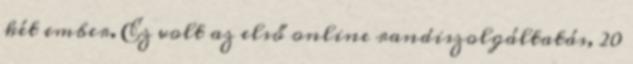
két ember. Ez volt az első online randiszolgáltatás, 20